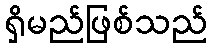
ရှိမည်ဖြစ်သည်